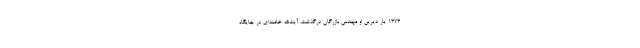
1373 یار دیرین او مهندس بازرگان درگذشت، آیت‌الله خامنه‌ای در جایگاه